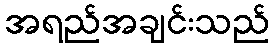
အရည်အချင်းသည်